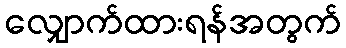
လျှောက်ထားရန်အတွက်